Report on the bubonic plague in Bombay, 1896-1897
Year: 1896
Disease focus: Plague
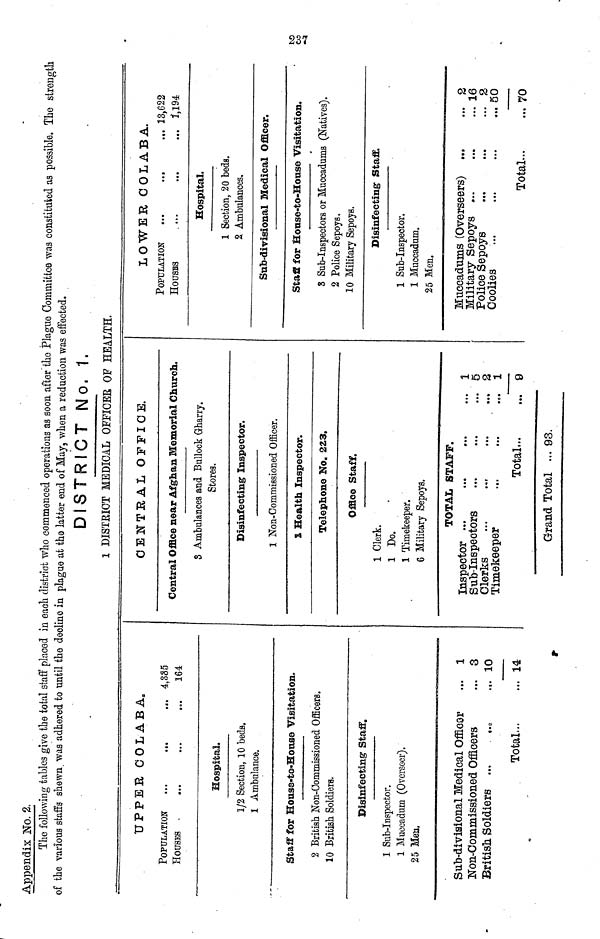
Appendix No. 3.
The following tables give the total staff placed in each district who commenced operations as soon after the Plague Committee was constituted as possible. The strength
of the various staffs shewn was adhered to until the decline in plague at the latter end of May, when a reduction was effected.
DISTRICT No. 1.
1 DISTRICT MEDICAL OFFICER OF HEALTH.
UPPER COLABA.
POPULATION
HOUSES
•••
•••
•«•
• ta
... ...
4,335
164
Hospital.
1/2 Section, 10 beds..
1 Ambulance.
Staff for House-to-House Visitation.
2 British Non-Commissioned Officers.
10 British Soldiers.
Disinfecting Staff.
1 Sub-Inspector.
1 Muccadum (Overseer).
25 Mea,
Sub-divisional Medical Officer
Non-Commissioned Officers
British Soldiers ...
Total...
... 1
...
3
... 10
... 14
CENTRAL OFFICE.
Central Office near Afghan Memorial Church.
3 Ambulances and Bullock Gharry.
Stores.
Disinfecting: Inspector.
1 Non-Oommissioned Officer.
1 Health Inspector.
Telephone No. 223.
Office Staff.
1 Clerk.
1 Do.
1 Timekeeper.
6 Military Sepoys.
TOTAL STAFF.
Inspector ...
Sub-Inspectors
Clerks
Timekeeper
...
...
•a«
.*•
• ••
...
.»•
...
Total...
Grand Total ... 03.
«••
•».
...
...
• •*
1
5
3
1
9
LOWER COLABA.
POPULATION
HOUSES
...
....
•••
•«»
...
...
13,622
1,194
Hospital.
1 Section, 20 beds.
2. Ambulances.
Sub-divisional Medical Officer.
Staff for House-to-House Visitation.
3 Sub-Inspectors or Muccadums (Natives).
2 Police Sepoys.
10 Military Sepoys.
Disinfecting Staff.
1 Sub-Inspector.
1 Muccadum.
25 Men.
Muccadums (Overseers)
Military Sepoys
Police Sepoys
Coolies
...
•••
...
••>
•••
...
...
«a.
Total...
...
«a.
...
• a.
M
...
2
16
2
50
70
237